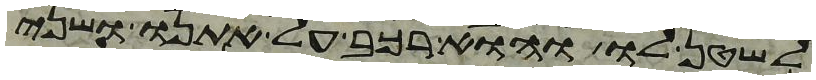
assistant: לשטן לו והוא רכב על אתנו ושני